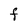
Character: F